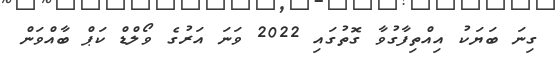
ގިނަ ބަޔަކު އިއްތިފާގުވާ ގޮތުގައި 2022 ވަނަ އަަރުގެ ވޯލްޑް ކަޕް ބާއްވަން